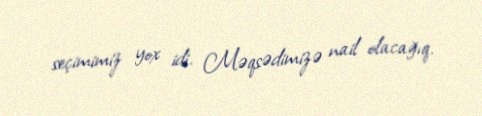
seçimimiz yox idi. Məqsədimizə nail olacağıq.